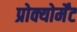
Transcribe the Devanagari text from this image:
प्रोक्योर्मेंट